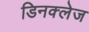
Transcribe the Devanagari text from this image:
डिनक्लेज